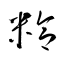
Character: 粭